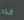
خذه